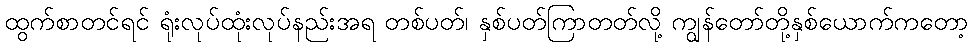
ထွက်စာတင်ရင် ရုံးလုပ်ထုံးလုပ်နည်းအရ တစ်ပတ်၊ နှစ်ပတ်ကြာတတ်လို့ ကျွန်တော်တို့နှစ်ယောက်ကတော့